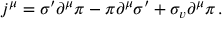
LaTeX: j ^ { \mu } = \sigma ^ { \prime } \partial ^ { \mu } \pi - \pi \partial ^ { \mu } \sigma ^ { \prime } + \sigma _ { v } \partial ^ { \mu } \pi \, .